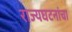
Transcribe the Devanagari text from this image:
राज्यघटनांचा